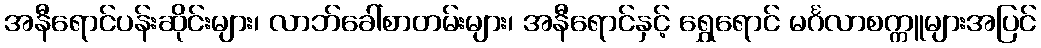
အနီရောင်ပန်းဆိုင်းများ၊ လာဘ်ခေါ်စာတမ်းများ၊ အနီရောင်နှင့် ရွှေရောင် မင်္ဂလာစက္ကူများအပြင်